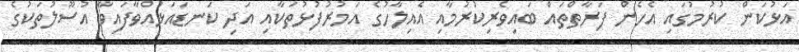
އަޅުކަން ކުރުމުގައި އެހެން ފަރާތްތައް ބައިވެރިކުރުމާއި އެއިލާހުގެ އަމުރުފުޅުތަކާއި އަދި ކަނޑައަޅުއްވާފައިވާ އުސޫލުތަކުގެ